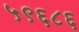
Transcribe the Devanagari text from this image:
५९६८६